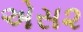
એસ૨